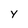
Character: y